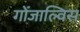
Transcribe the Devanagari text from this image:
गोंजाल्विस